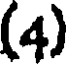
(4)